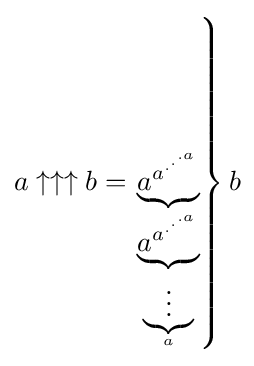
a\uparrow \uparrow \uparrow b=\left.\underbrace {a^{a^{.^{.^{.{a}}}}}} _{\underbrace {a^{a^{.^{.^{.{a}}}}}} _{\underbrace {\vdots } _{a}}}\right\}b